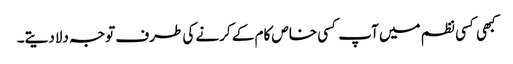
کبھی کسی نظم میں آپ کسی خاص کام کے کرنے کی طرف توجہ دلادیتے۔